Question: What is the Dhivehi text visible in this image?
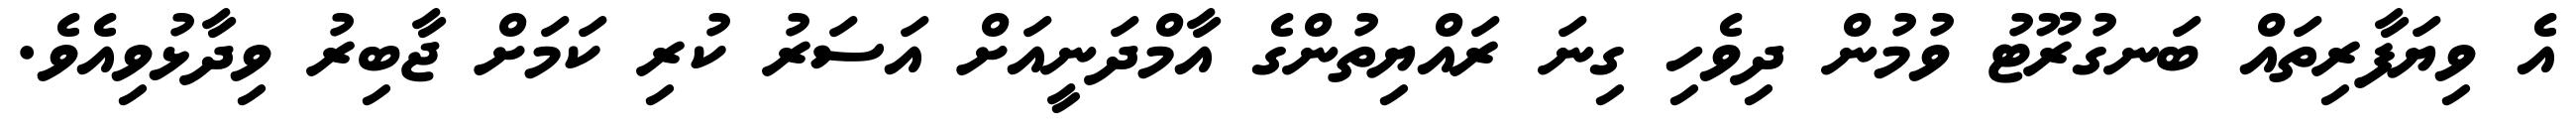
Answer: އެ ވިޔަފާރިތައް ބަނގުރޫޓު ވުމުން ދިވެހި ގިނަ ރައްޔިތުންގެ އާމްދަނީއަށް އަސަރު ކުރި ކަމަށް ޖާބިރު ވިދާޅުވިއެވެ.